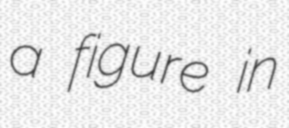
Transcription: a figure in